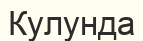
Кулунда